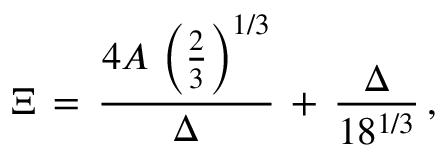
\begin{array} { l } { \displaystyle \Xi \, = \, \frac { 4 A \, \left( \frac 2 3 \right) ^ { 1 / 3 } } { \Delta } \, + \, \frac { \Delta } { 1 8 ^ { 1 / 3 } } \, , } \end{array}